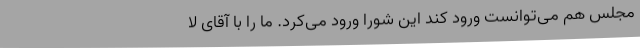
مجلس هم می‌توانست ورود کند این شورا ورود می‌کرد. ما را با آقای لا